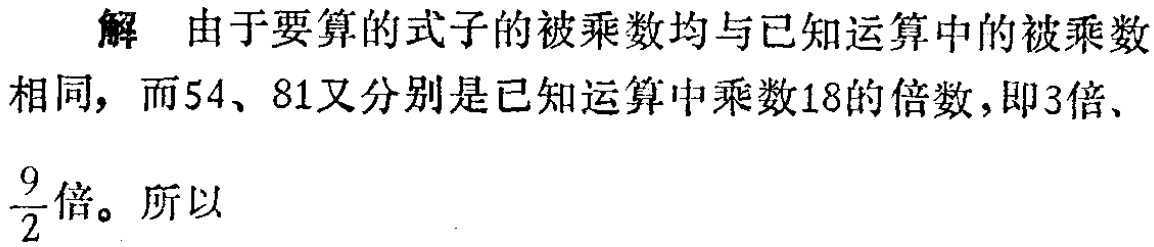
解 由于要算的式子的被乘数均与已知运算中的被乘数相同, 而54、81又分别是已知运算中乘数18的倍数,即3倍、$\frac{9}{2}$倍。所以